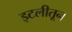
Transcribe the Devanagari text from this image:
इटलीतून